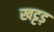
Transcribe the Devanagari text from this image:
खट्टड़